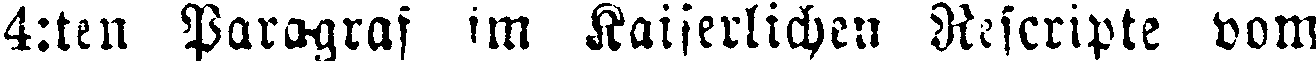
4:ten Paragraf im Kaiserlichen Rescripte vom